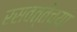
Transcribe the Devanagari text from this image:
रसवत्तेच्या